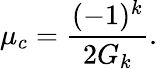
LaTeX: \mu_{c}={\frac{(-1)^{k}}{2G_{k}}}.